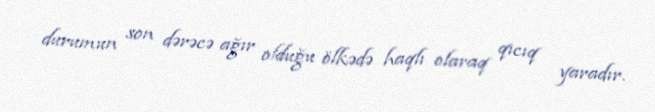
durumun son dərəcə ağır olduğu ölkədə haqlı olaraq qıcıq yaradır.